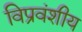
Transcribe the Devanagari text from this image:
विप्रवंशीय